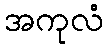
အကုလံ